Leaving Certificate Examination, 1903
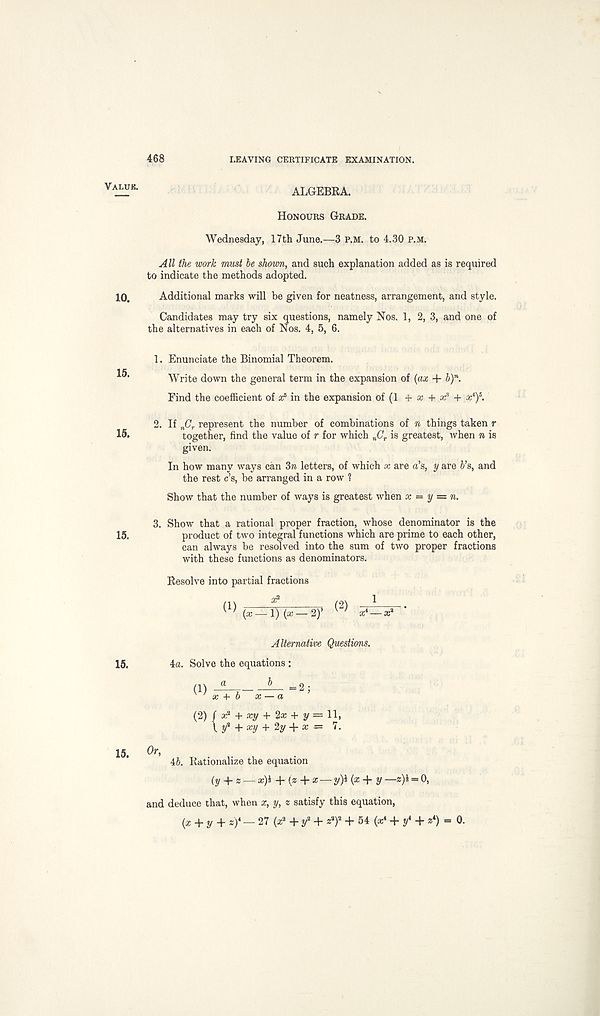
468
LEAVING CERTIFICATE EXAMINATION.
Value.
10.
15.
15.
15.
15.
15.
ALGEBRA.
Honours Grade.
Wednesday, 17th June.—3 p.m. to 4.30 p.m.
All the work must be shown, and such explanation added as is required
to indicate the methods adopted.
Additional marks will be given for neatness, arrangement, and style.
Candidates may try six questions, namely Nos. 1, 2, 3, and one of
the alternatives in each of Nos. 4, 5, 6.
1. Enunciate the Binomial Theorem.
Write down the general term in the expansion of {ax + b) n .
Find the coefficient of a; 5 in the expansion of (1 + x + x 3 + a; 4 ) 5 .
2. If n C r represent the number of combinations of n things taken r
together, find the value of r for which n C r is greatest, when n is
given.
In how many ways can 3n letters, of which x are a’s, y are Vs, and
the rest c’s, be arranged in a row 1
Show that the number of ways is greatest when x ~ y = n.
3. Show that a rational proper fraction, whose denominator is the
product of two integral functions which are prime to each other,
can always be resolved into the sum of two proper fractions
with these functions as denominators.
Resolve into partial fractions
(2) CT-
Alternative Questions.
4a. Solve the equations :
(1) —— -
(2)
= 2;
/ x 2 + xy + 2* + y = H>
\ y * + xy + Zy + x = 7.
Or, ib. Rationalize the equation
(y + z — x)l + (z + x — y)i {x + y—2)4 = 0,
and deduce that, when x, y, z satisfy this equation,
(a + y + *)*- 27 (z 2 +y 2 + * a ) 2 + 54 (x 4 + y 4 + * 4 ) = 0.